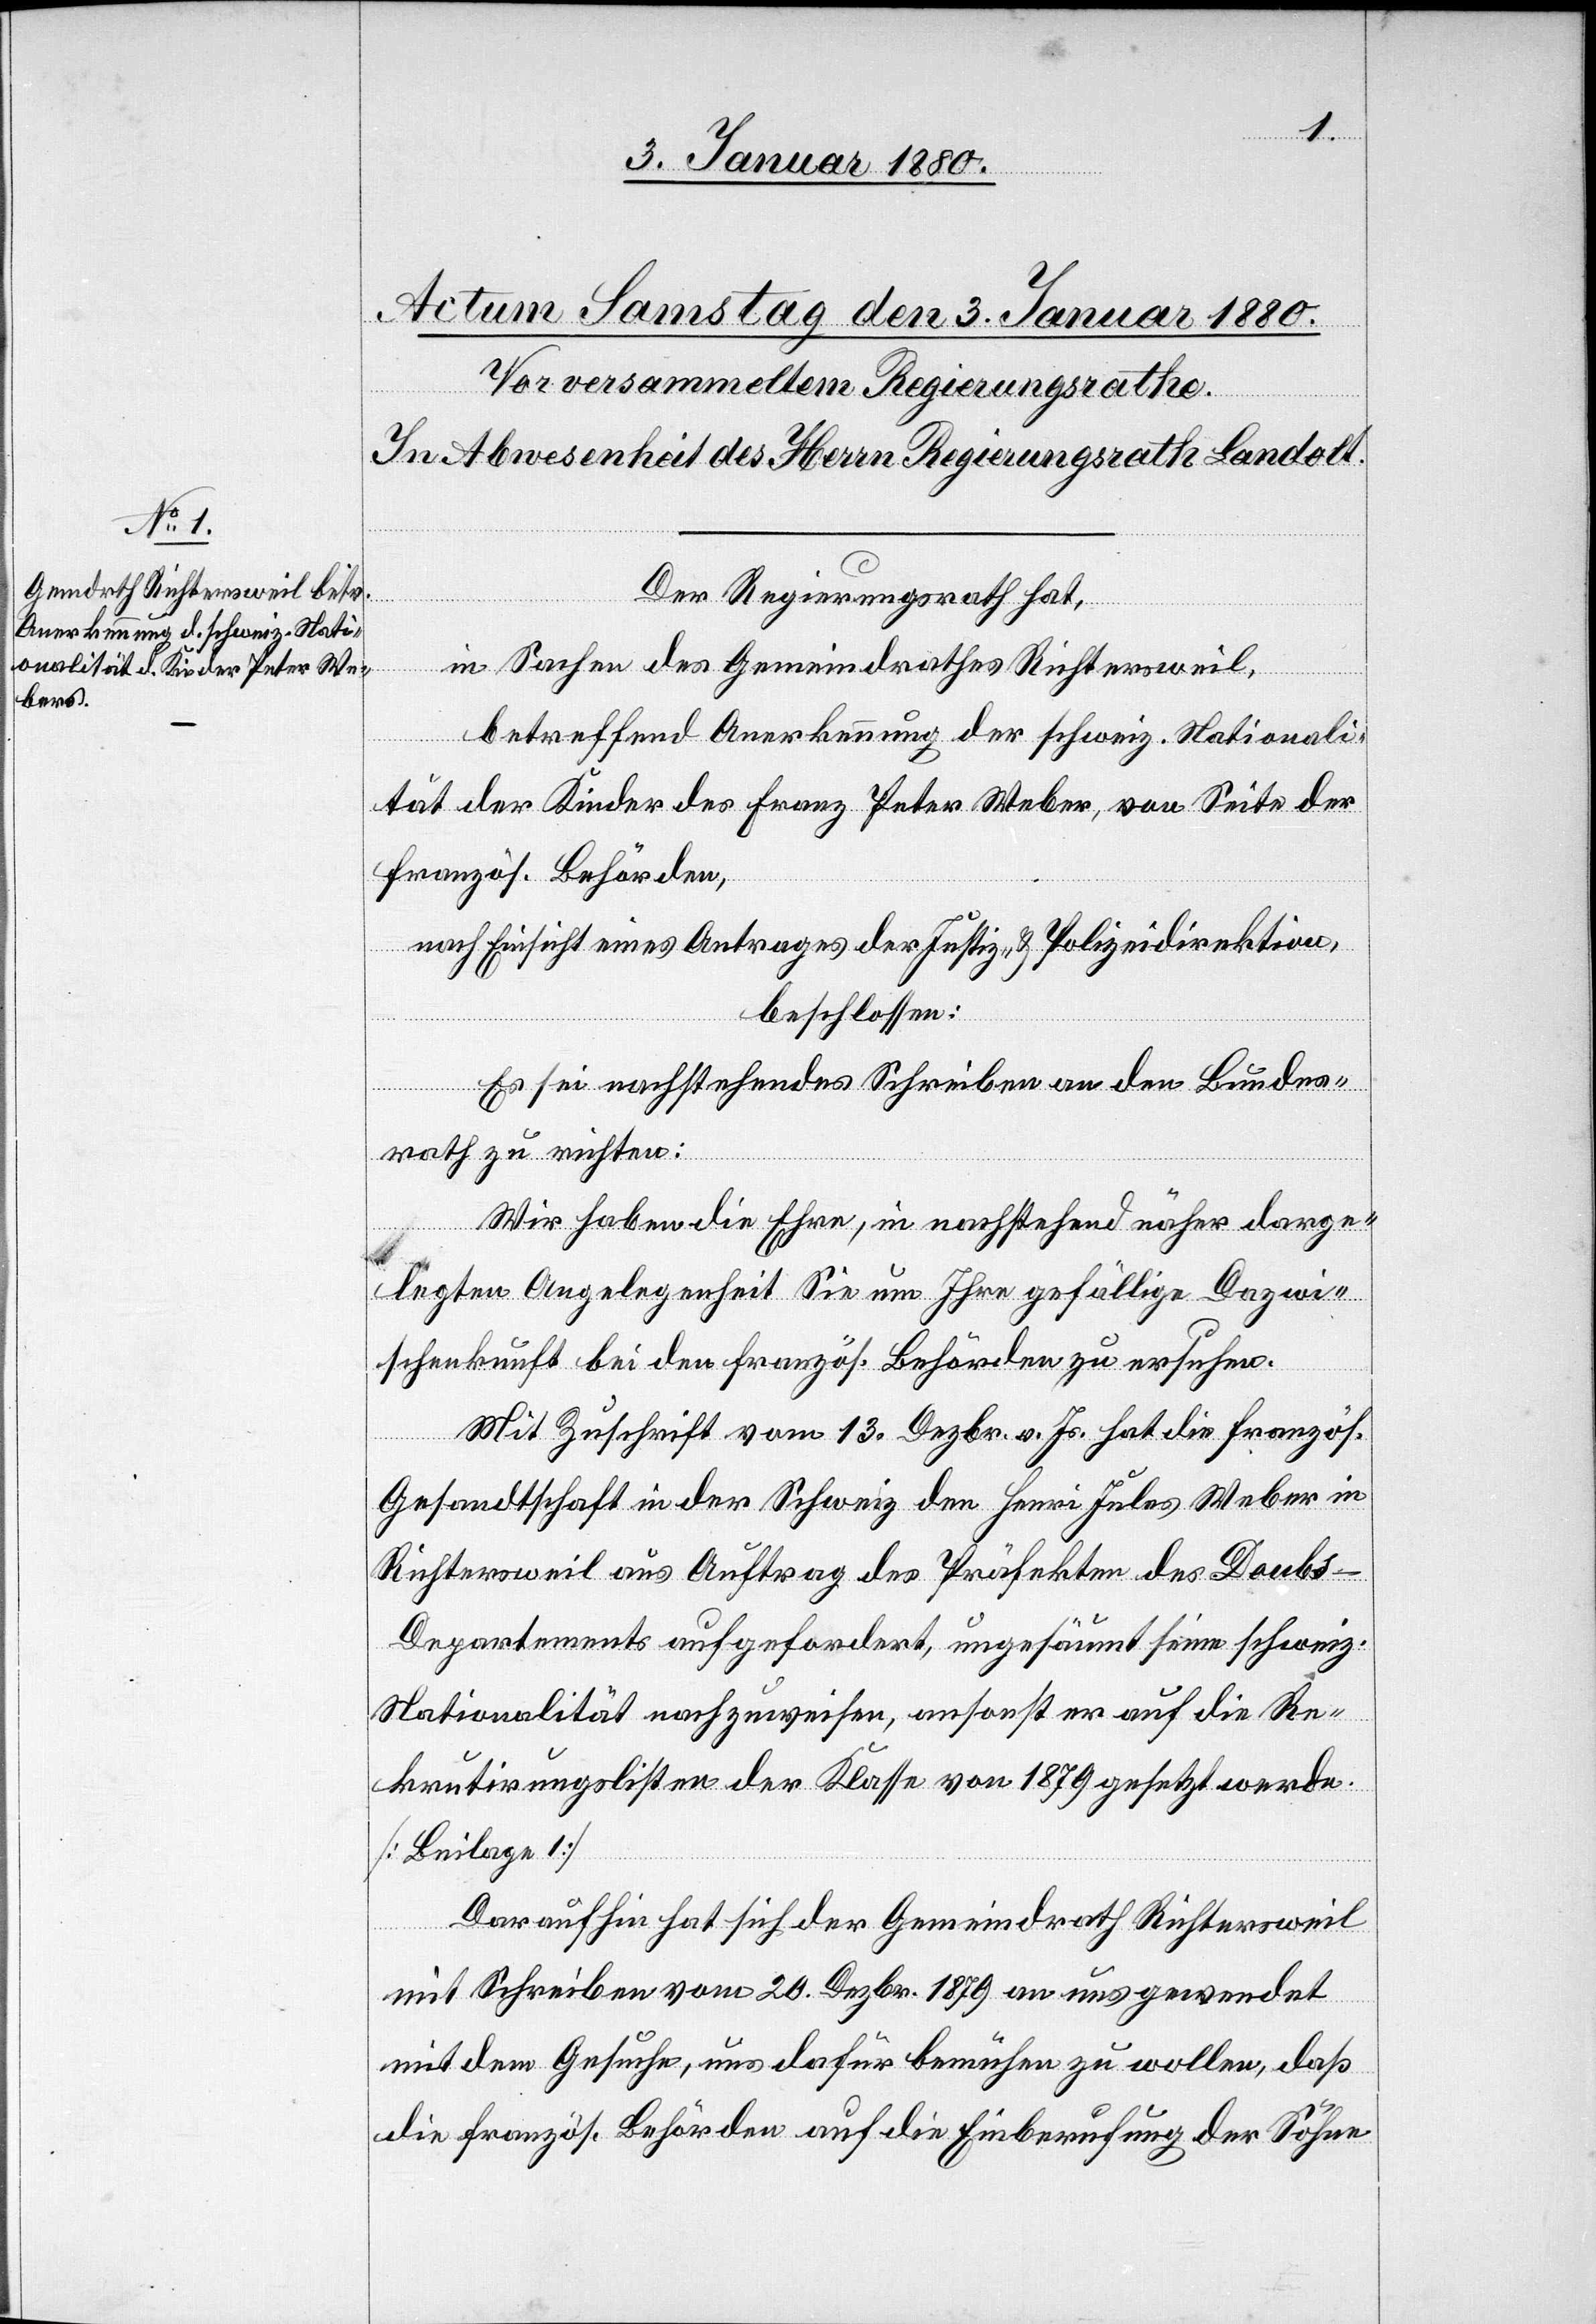
Der Regierungsrath hat,
in Sachen des Gemeindrathes Richtersweil,
betreffend Anerkennung der schweiz. Nationali¬
tät der Kinder des Franz Peter Weber, von Seite der
französ. Behörden,
nach Einsicht eines Antrages der Justiz- & Polizeidirektion,
beschlossen:
Es sei nachstehendes Schreiben an den Bundes¬
rath zu richten:
Wir haben die Ehre, in nachstehend näher darge¬
legter Angelegenheit Sie um Ihre gefällige Dazwi¬
schenkunft bei den französ. Behörden zu ersuchen.
Mit Zuschrift vom 13. Dezbr. v. Js. hat die französ.
Gesandtschaft in der Schweiz den Henri Jules Weber in
Richtersweil aus Auftrag des Präfekten des Doub¬
s-Departements aufgefordert, ungesäumt seine schweiz.
Nationalität nachzuweisen, ansonsten er auf die Re¬
krutirungslisten der Klasse von 1879 gesetzt werde.
[Beilage 1]
Daraufhin hat sich der Gemeindrath Richtersweil
mit Schreiben vom 20. Dezbr. 1879 an uns gewendet
mit dem Gesuche, uns dafür bemühen zu wollen, daß
die französ. Behörden auf die Einberufung der Söhne